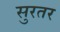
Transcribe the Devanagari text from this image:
सुरतर